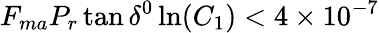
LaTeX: F_{ma}P_{r}\tan\delta^{0}\ln(C_{1})<4\times 10^{-7}